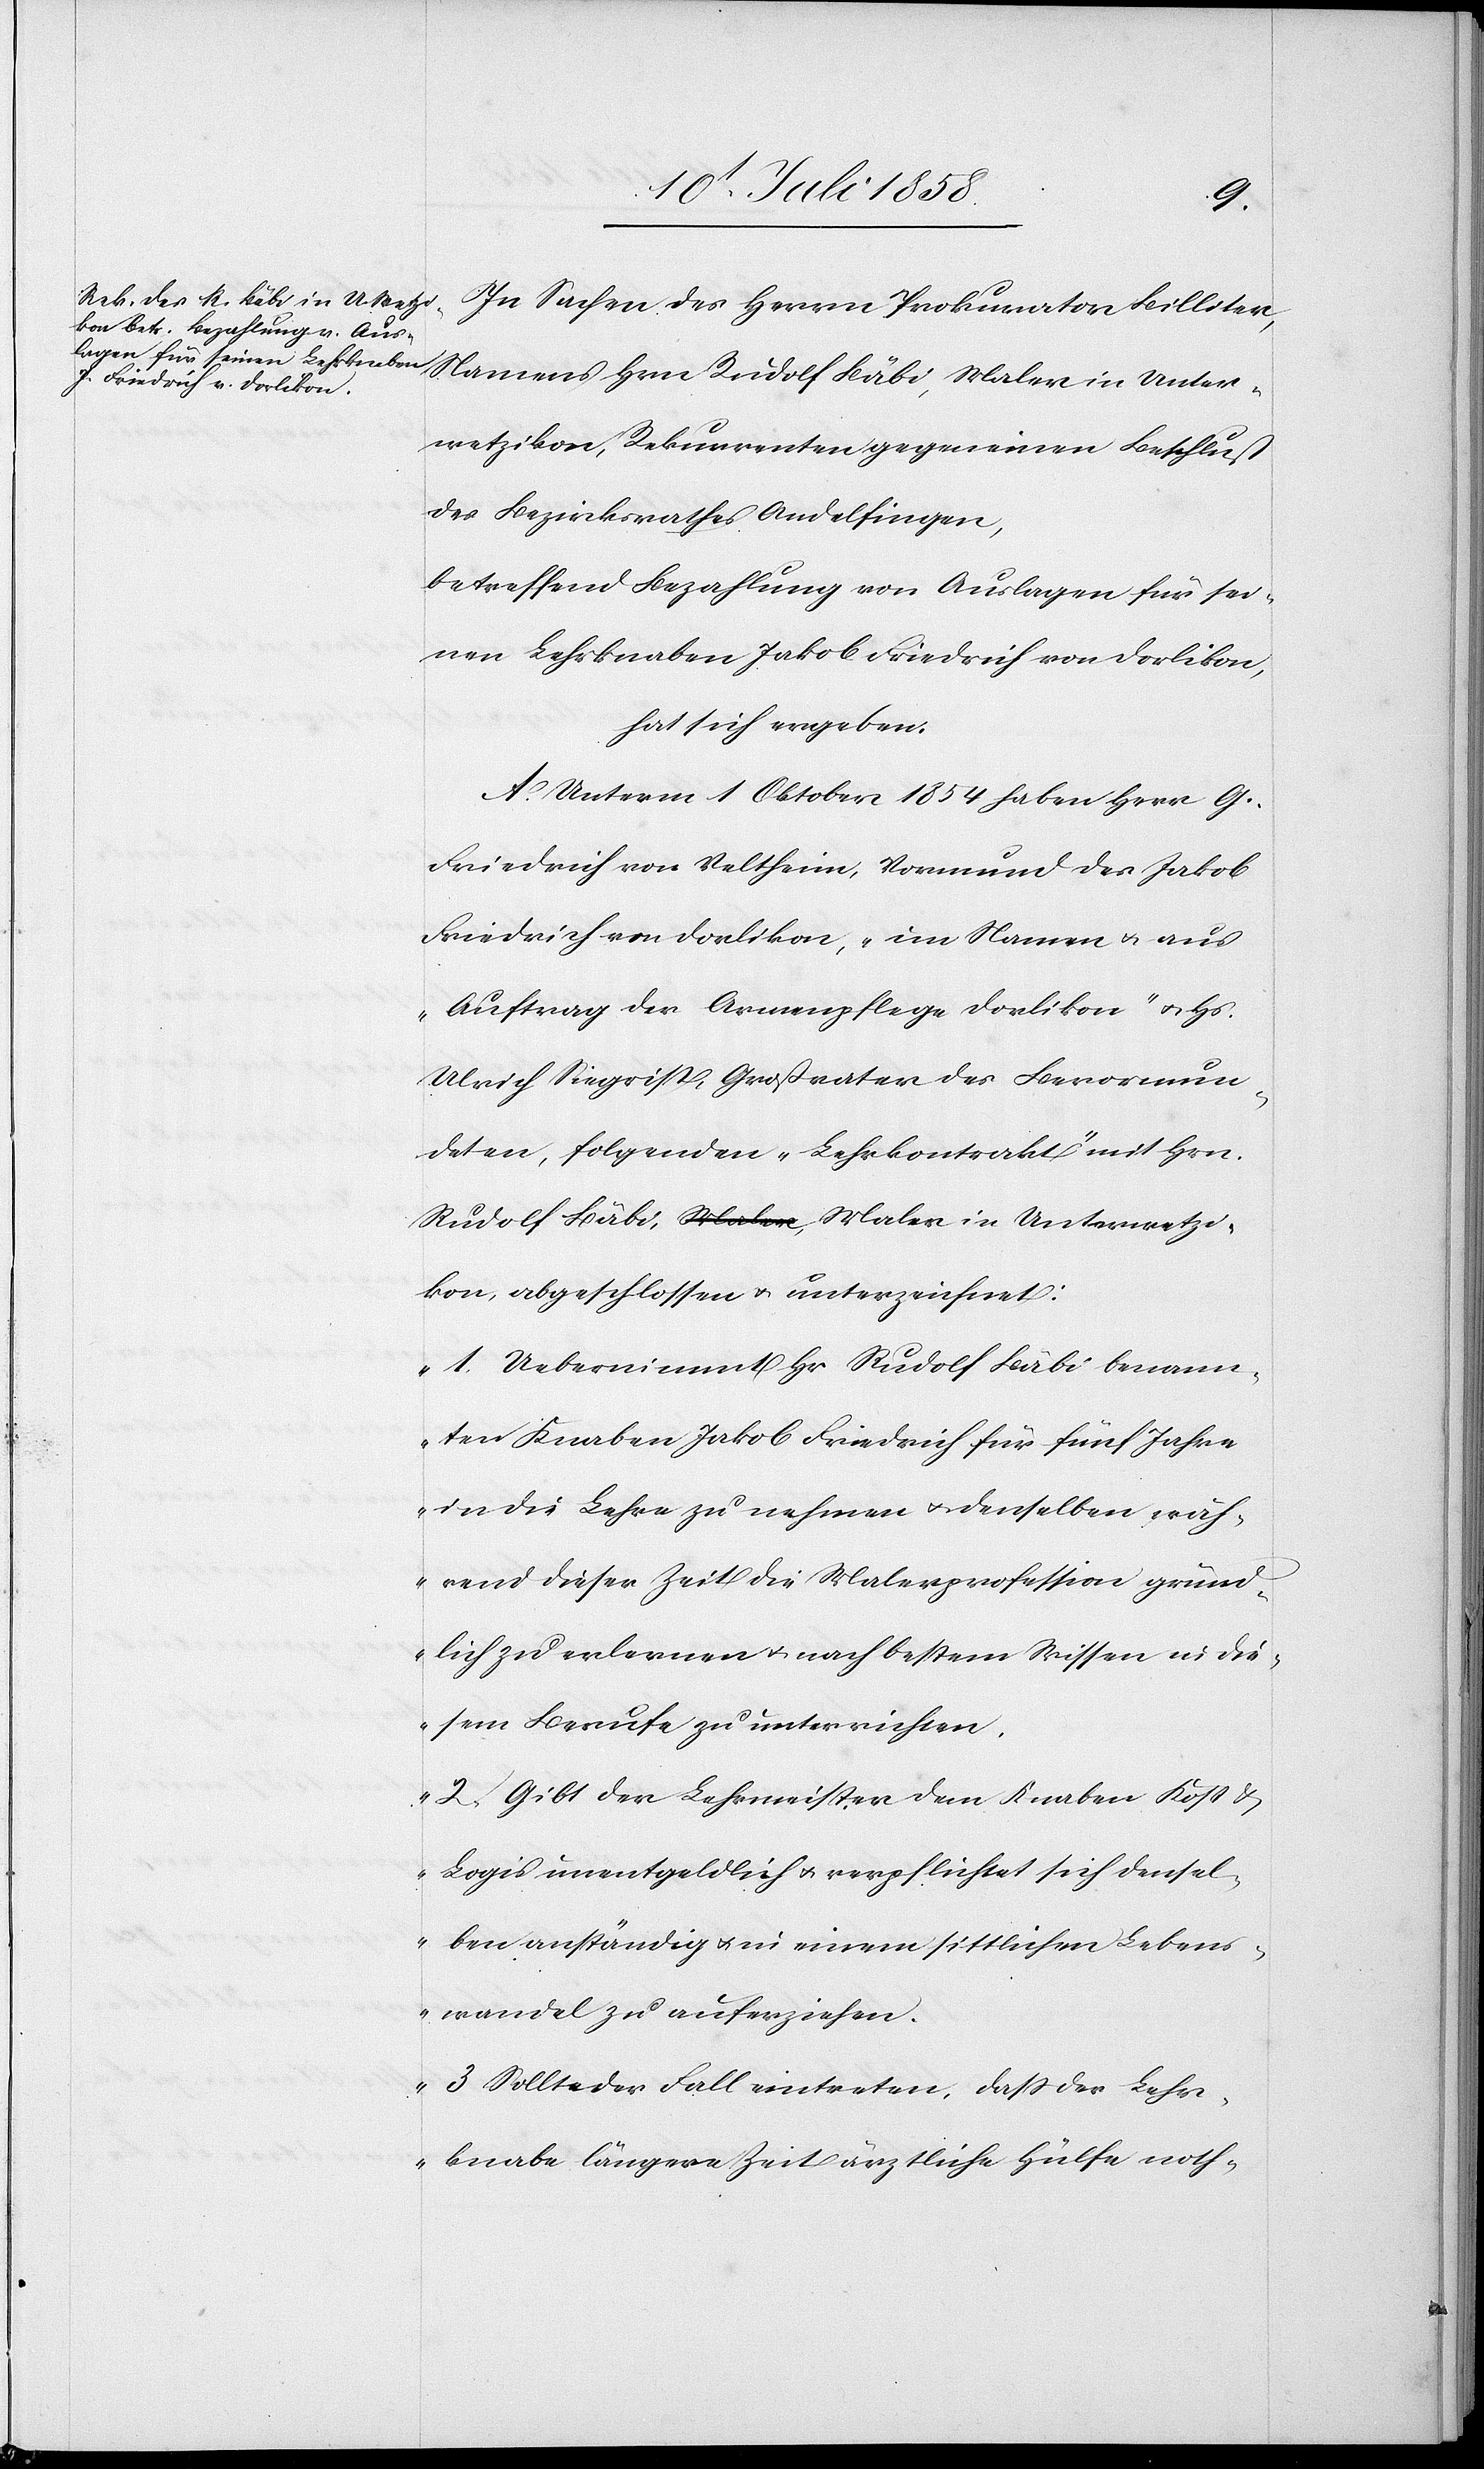
rwetz¬
In Sachen des Herrn Prokurator Billiter,
Namens Hrn Rudolf Bäbi, Maler in Unter¬
wetzikon, Rekurrenten gegen einen Beschluß
des Bezirksrathes Andelfingen,
betreffend Bezahlung von Auslagen für sei¬
nen Lehrknaben Jakob Friedrich von Dorlikon,
hat sich ergeben:
A. Unterm 1 Oktober 1854 haben Herr G.
Friedrich von Veltheim, Vormund des Jakob
Friedrich von Dorlikon, „im Namen & aus
Auftrag der Armenpflege Dorlikon“ & Hs.
Ulrich Siegrist, Großvater des Bevormun¬
deten, folgenden „Lehrkontrakt“ mit Hrn.
ikon, abgeschlossen & unterzeichnet:
„1. Uebernimmt Hr Rudolf Bäbi benann¬
ten Knaben Jakob Friedrich für fünf Jahre
in die Lehre zu nehmen & denselben wäh¬
rend dieser Zeit die Malerprofession gründ¬
lich zu erlernen & nach bestem Wissen in die¬
sem Berufe zu unterrichten.
2. Gibt der Lehrmeister dem Knaben Kost &
Logis unentgeldlich & verpflichtet sich densel¬
ben anständig & in einem sittlichen Lebens¬
wandel zu auferziehen.
3. Sollte der Fall eintreten, dass der Lehr¬
knabe längere Zeit ärztliche Hülfe noth-